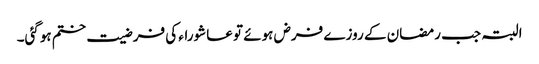
البتہ جب رمضان کے روزے فرض ہوئے تو عاشوراء کی فرضیت ختم ہوگئی۔